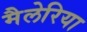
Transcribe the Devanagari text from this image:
मैलेरिया